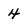
Character: 4